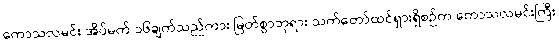
ကောသလမင်း အိပ်မက် ၁၆ချက်သည်ကား မြတ်စွာဘုရား သက်တော်ထင်ရှားရှိစဉ်က ကောသလမင်းကြီး